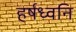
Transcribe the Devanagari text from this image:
हर्षध्वनि